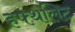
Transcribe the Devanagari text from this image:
हफ्थलिट